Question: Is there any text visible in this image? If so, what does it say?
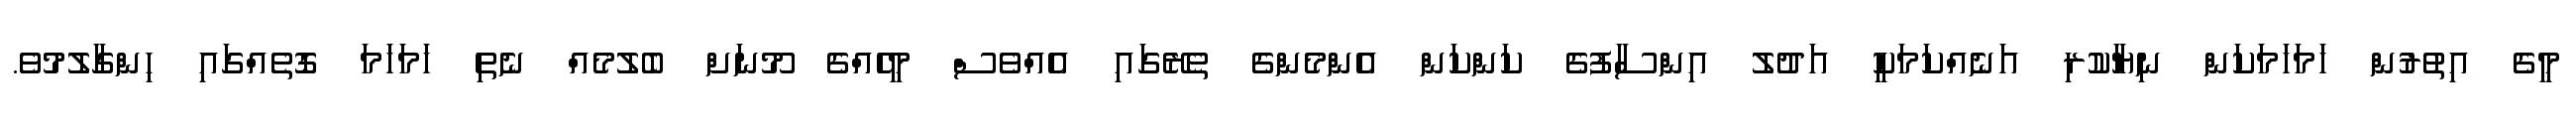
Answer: މީގެ އިތުރުން ހަމަހަމަކަން ނިޔާކުރި އަނެއްކަމަކީ އަދުލު އިންސާފުގެ ކަންކަން އެންމެންގެ ތެރޭގައި އެއްވެސް މީހެއްގެ މޫނަށް ބެލުމެއް ނެތި ހަމަހަމަ ގޮތެއްގައި ހިންގާލުމުވެ.